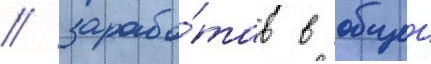
/ зарабо́тав в общеи